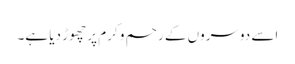
اسے دوسروں کے رحم و کرم پر چھوڑ دیا ہے۔